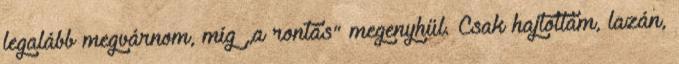
legalább megvárnom, míg „a rontás” megenyhül. Csak hajtottam, lazán,